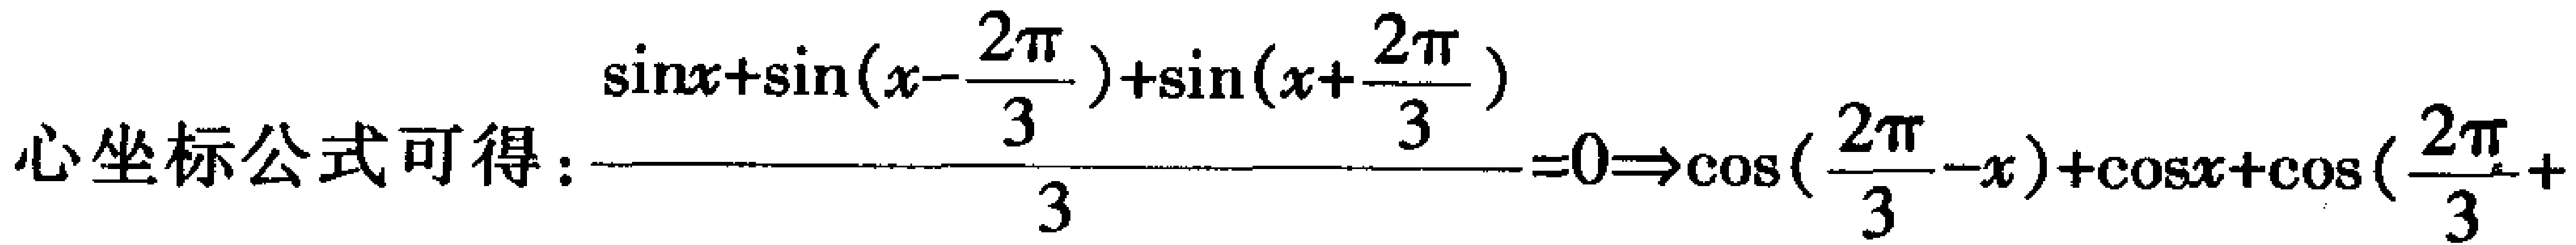
心坐标公式可得：\(\frac{\sin x+\sin(x - \frac{2\pi}{3})+\sin(x + \frac{2\pi}{3})}{3}=0\Rightarrow\cos(\frac{2\pi}{3}-x)+\cos x+\cos(\frac{2\pi}{3}+ \)